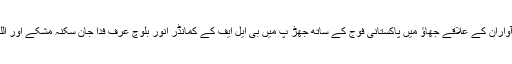
8 اکتوبر گہرام بلوچ نے کہا کہ5 اکتوبرکو ضلع آواران کے علاقے جھاؤ میں پاکستانی فوج کے ساتھ جھڑ پ میں بی ایل ایف کے کمانڈر انور بلوچ عرف فدا جان سکنہ مشکے اور اللہ بخش عرف گہرام سکنہ مشکے شہید ہوئے ہیں۔